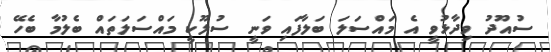
ސުއޫދު ވިދާޅުވީ އެ މައްސަލަ ބަލާފައި ވަނީ ސުލޫކީ މައްސަލަތައް ބެލުމާ ބެހޭ